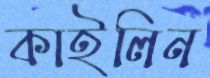
কাইলিন